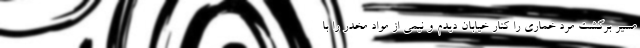
مسیر برگشت مرد خماری را کنار خیابان دیدم و نیمی از مواد مخدر را با